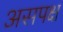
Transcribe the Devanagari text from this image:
असपक्ष